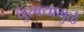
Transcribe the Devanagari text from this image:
धुरक्यामुळे